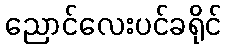
ညောင်လေးပင်ခရိုင်